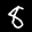
Label: 8